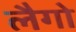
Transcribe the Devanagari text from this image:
लैगो